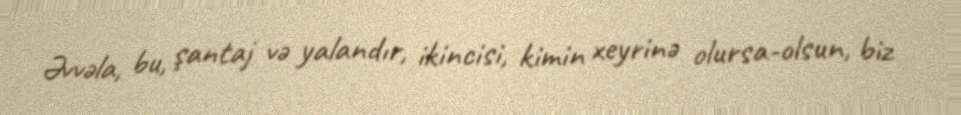
Əvvəla, bu, şantaj və yalandır, ikincisi, kimin xeyrinə olursa-olsun, biz